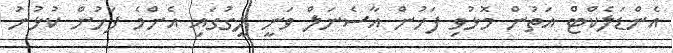
އެންޑަލެކްޓް އަތުން މޮޅުވި ފަހުން އާސެނަލް ވަނީ ލީގުގައި އެންމެ ފަހުން ކުޅުނު